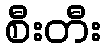
စီးတီး